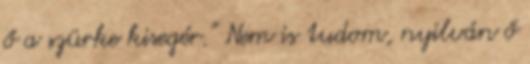
ő a szürke kisegér.” Nem is tudom, nyilván ő